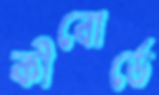
কীবোর্ডে